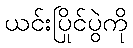
ယင်းပြိုင်ပွဲကို